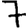
Digit: 7